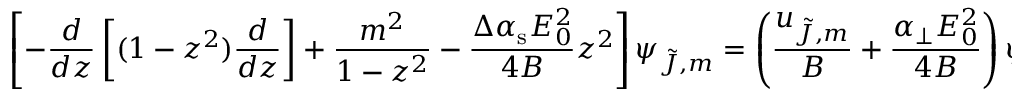
\left[ - \frac { d } { d z } \left[ ( 1 - z ^ { 2 } ) \frac { d } { d z } \right] + \frac { m ^ { 2 } } { 1 - z ^ { 2 } } - \frac { \Delta \alpha _ { \mathrm { s } } E _ { 0 } ^ { 2 } } { 4 B } z ^ { 2 } \right] \psi _ { \tilde { J } , m } = \left( \frac { u _ { \tilde { J } , m } } { B } + \frac { \alpha _ { \perp } E _ { 0 } ^ { 2 } } { 4 B } \right) \psi _ { \tilde { J } , m } ,